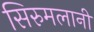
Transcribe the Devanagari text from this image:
सिरुमलानी